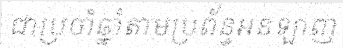
ជាប្រចាំឆ្នាំតាមប្រព័ន្ធអនឡាញ